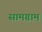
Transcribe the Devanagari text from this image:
सामग्राम